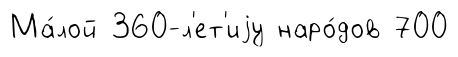
Ма́лой 360-л'ет'иjу наро́дов 700